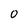
Character: 0